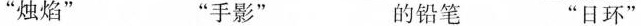
“烛焰” “手影” 的铅笔 “日环”